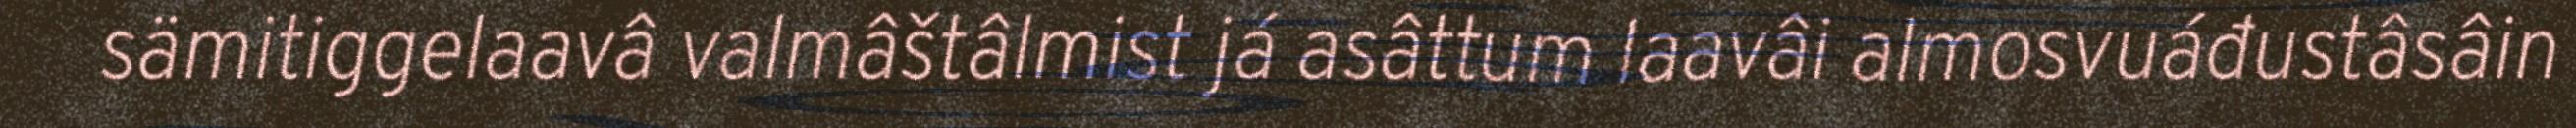
sämitiggelaavâ valmâštâlmist já asâttum laavâi almosvuáđustâsâin